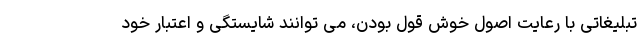
تبلیغاتی با رعایت اصول خوش قول بودن، می توانند شایستگی و اعتبار خود